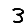
Digit: 3